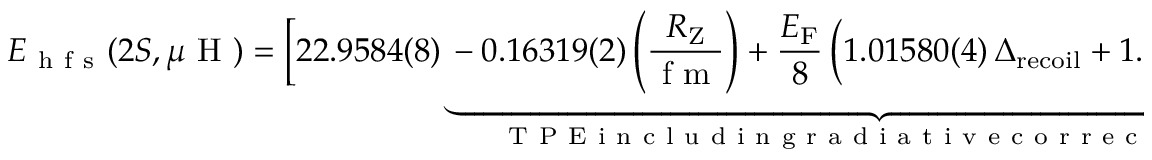
E _ { \mathrm { ~ h ~ f ~ s ~ } } ( 2 S , \mu \mathrm { ~ H ~ } ) = \Big [ 2 2 . 9 5 8 4 ( 8 ) \underbrace { - 0 . 1 6 3 1 9 ( 2 ) \left( \frac { R _ { \mathrm { Z } } } { \mathrm { ~ f ~ m ~ } } \right) + \frac { E _ { \mathrm { F } } } { 8 } \, \Big ( 1 . 0 1 5 8 0 ( 4 ) \, \Delta _ { \mathrm { r e c o i l } } + 1 . 0 0 3 2 6 \, \Delta _ { \mathrm { p o l . } } \Big ) } _ { \mathrm { ~ T ~ P ~ E ~ i ~ n ~ c ~ l ~ u ~ d ~ i ~ n ~ g ~ r ~ a ~ d ~ i ~ a ~ t ~ i ~ v ~ e ~ c ~ o ~ r ~ r ~ e ~ c ~ t ~ i ~ o ~ n ~ s ~ } } \Big ] \, \mathrm { ~ m ~ e ~ V ~ } ,